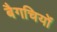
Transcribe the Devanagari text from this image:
बैगचियों